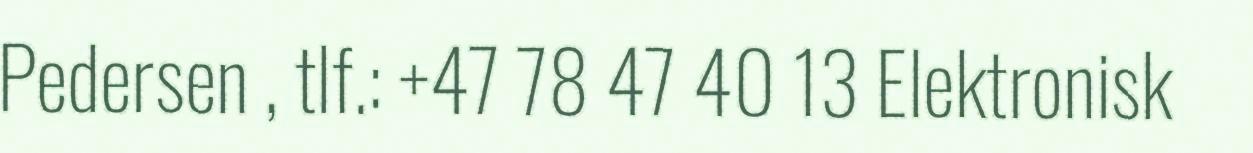
Pedersen , tlf.: +47 78 47 40 13 Elektronisk